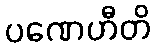
ပဏေဟီတိ